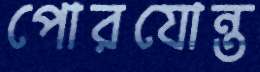
পোরযোন্ত